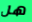
هل